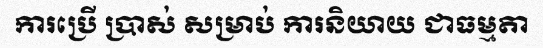
ការប្រើ ប្រាស់ សម្រាប់ ការនិយាយ ជាធម្មតា